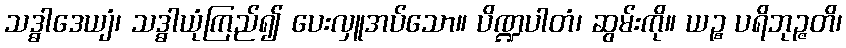
သဒ္ဓါဒေယျံ၊ သဒ္ဓါယုံကြည်၍ ပေးလှူအပ်သော။ ပိဏ္ဍပါတံ၊ ဆွမ်းကို။ ယဉ္စ ပရိဘုဉ္ဇတိ၊